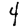
Digit: 4